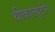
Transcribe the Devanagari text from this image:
थीकाल्यूटीन